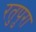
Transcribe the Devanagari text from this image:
रतुपुरा